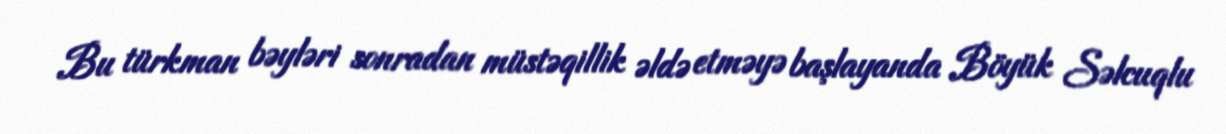
Bu türkman bəyləri sonradan müstəqillik əldə etməyə başlayanda Böyük Səlcuqlu